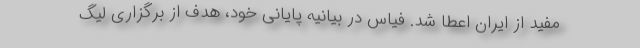
مفید از ایران اعطا شد. فیاس در بیانیه پایانی خود، هدف از برگزاری لیگ